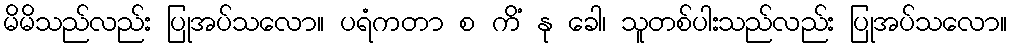
မိမိသည်လည်း ပြုအပ်သလော။ ပရံကတာ စ ကိံ နု ခေါ၊ သူတစ်ပါးသည်လည်း ပြုအပ်သလော။